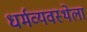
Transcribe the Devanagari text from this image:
धर्मव्यवस्थेला